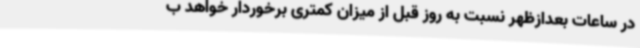
در ساعات بعدازظهر نسبت به روز قبل از میزان کمتری برخوردار خواهد ب